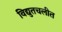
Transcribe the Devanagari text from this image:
विद्युतचलीत